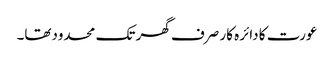
عورت کا دائرہ کار صرف گھر تک محدودتھا۔